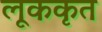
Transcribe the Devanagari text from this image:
लूककृत